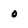
Character: 0